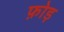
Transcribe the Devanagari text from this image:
फ़ोड़